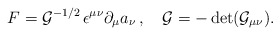
\begin{align*}F={\cal G}^{-1/2}\, \epsilon^{\mu\nu}\partial_\mu a_\nu\, ,\quad{\cal G}=-\det ({\cal G}_{\mu\nu}).\end{align*}